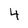
Character: 4